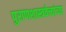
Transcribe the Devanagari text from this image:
पुराणशास्त्रवेत्त्यांच्या